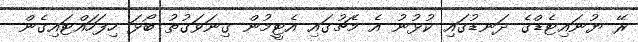
ރޭ ޔުނައިޓެޑްގެ ދަނޑުގައި ކުޅުނު އެ މެޗުގައި އެޓީމުން ގިނަވަގުތު ބޯޅަ ހިފަހައްޓައިގެން